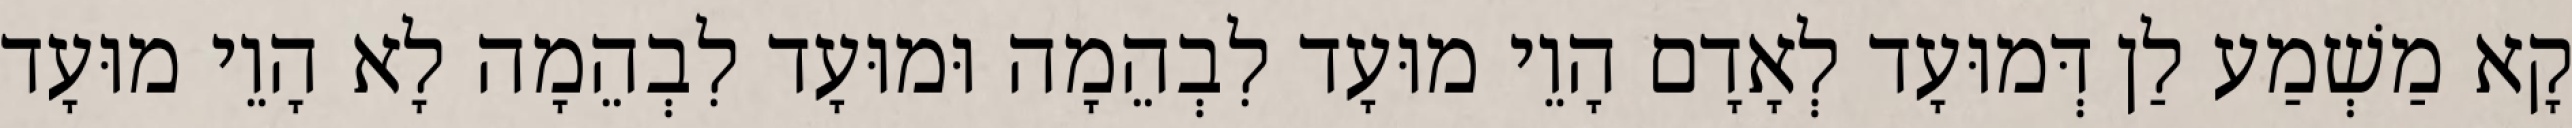
קָא מַשְׁמַע לַן דְּמוּעָד לְאָדָם הָוֵי מוּעָד לִבְהֵמָה וּמוּעָד לִבְהֵמָה לָא הָוֵי מוּעָד